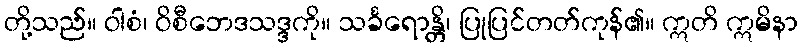
တို့သည်။ ဝါစံ၊ ဝိစီဘေဒသဒ္ဒကို။ သင်္ခရောန္တိ၊ ပြုပြင်တတ်ကုန်၏။ ဣတိ ဣမိနာ